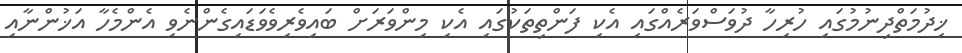
ޚިދުމަތްދިނުމުގައި ހުރިހާ ދުވަސްވަރެއްގައި އެކި ފަންތިތަކުގައި އެކި މިންވަރަށް ބައިވެރިވެވަޑައިގެންނެވި އެންމެހާ އަޚުންނާއި